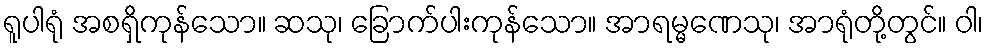
ရူပါရုံ အစရှိကုန်သော။ ဆသု၊ ခြောက်ပါးကုန်သော။ အာရမ္မဏေသု၊ အာရုံတို့တွင်။ ဝါ၊